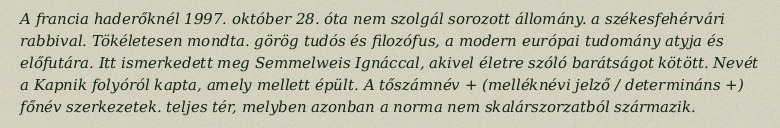
A francia haderőknél 1997. október 28. óta nem szolgál sorozott állomány. a székesfehérvári rabbival. Tökéletesen mondta. görög tudós és filozófus, a modern európai tudomány atyja és előfutára. Itt ismerkedett meg Semmelweis Ignáccal, akivel életre szóló barátságot kötött. Nevét a Kapnik folyóról kapta, amely mellett épült. A tőszámnév + (melléknévi jelző / determináns +) főnév szerkezetek. teljes tér, melyben azonban a norma nem skalárszorzatból származik.